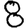
Digit: 8